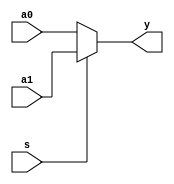
module mux2x32(a0,a1,s,y);
	input [31:0]a0,a1;
	input s;
	output [31:0]y;
	assign y=s? a1:a0;
	
endmodule